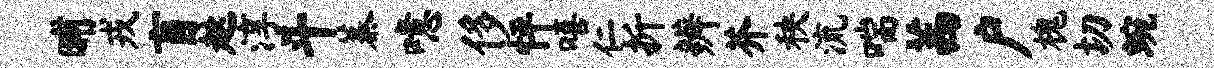
晡戎盲趑淳斗蓁噫侈怦嘻仁折辨芥秧流喘茜户槐切蜿